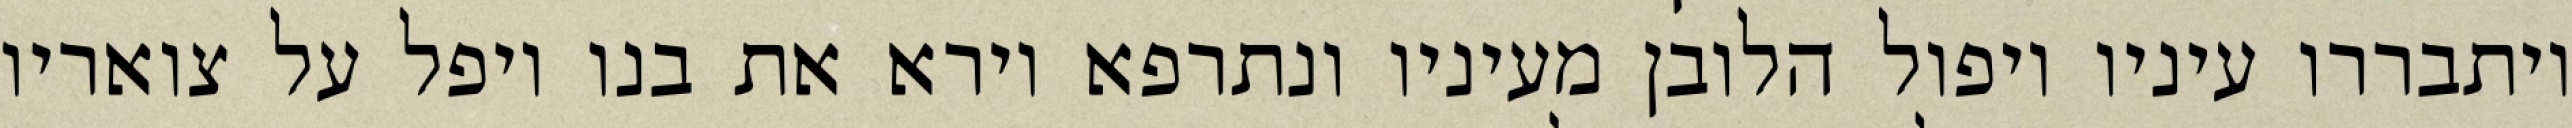
ויתבררו עיניו ויפול הלובן מעיניו ונתרפא וירא את בנו ויפל על צואריו